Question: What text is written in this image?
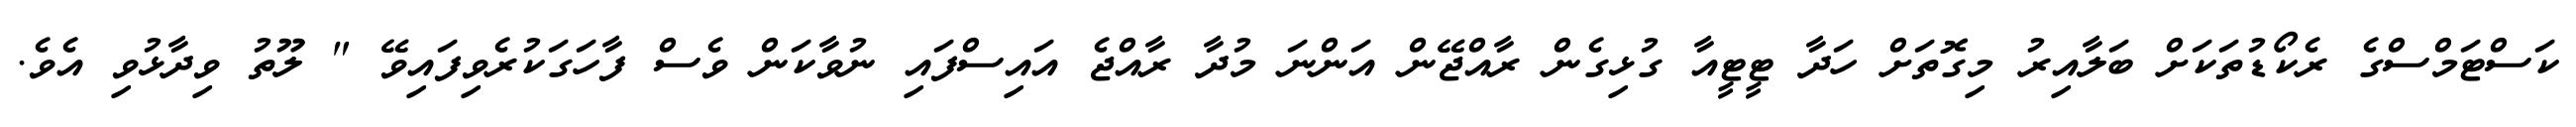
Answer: ކަސްޓަމްސްގެ ރެކޯޑުތަކަށް ބަލާއިރު މިގޮތަށް ހަދާ ޓީޓީއާ ގުޅިގެން ރާއްޖޭން އަންނަ މުދާ ރާއްޖެ އައިސްފައި ނުވާކަން ވެސް ފާހަގަކުރެވިފައިވޭ " ލޫތު ވިދާޅުވި އެވެ.